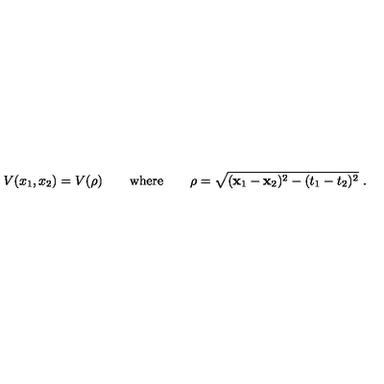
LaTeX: V ( x _ { 1 } , x _ { 2 } ) = V ( \rho ) \qquad \mathrm { w h e r e } \qquad \rho = \sqrt { ( { \bf x } _ { 1 } - { \bf x } _ { 2 } ) ^ { 2 } - ( t _ { 1 } - t _ { 2 } ) ^ { 2 } } \ .